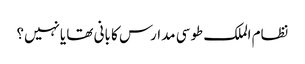
نظام الملک طوسی مدارس کا بانی تھا یانہیں؟